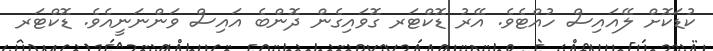
ކުޑަކޮށް ލޭއައިސް ހުއްޓެވެ. އޭރު ޑޮކްޓަރ ގޮވައިގެން ދޮންބެ އައިސް ވަންނަނީއެވެ. ޑޮކްޓަރ